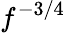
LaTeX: f^{-3/4}